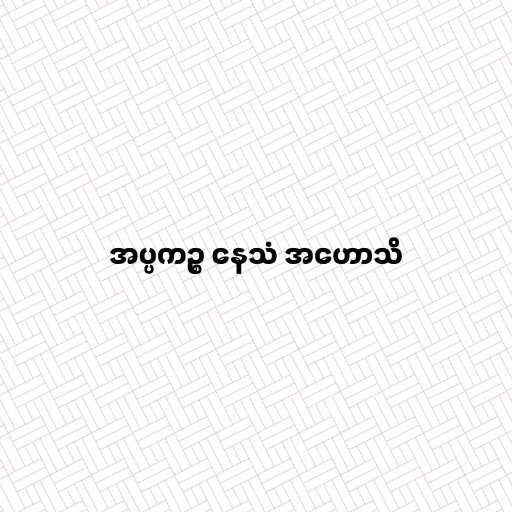
အပ္ပကဉ္စ နေသံ အဟောသိ